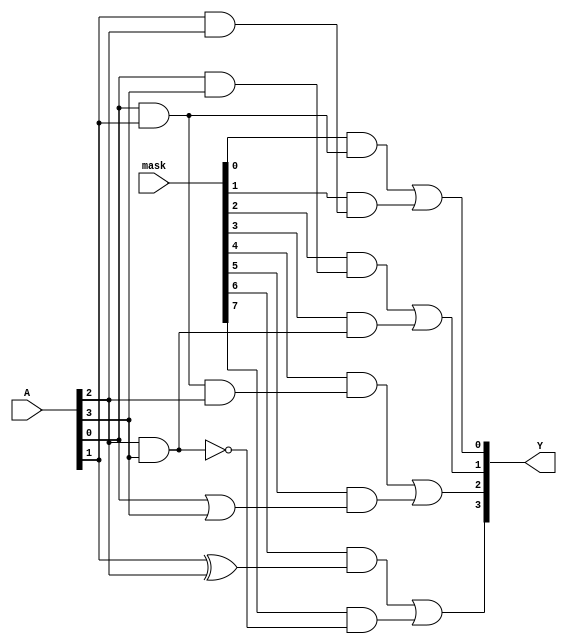
module masked_pal (
    input wire [3:0] A,        // 4-bit input (A[3:0]) representing variables
    input wire [7:0] mask,     // 8-bit mask for AND gates (1 = enabled, 0 = masked)
    output wire [3:0] Y        // 4-bit output (Y[3:0]) representing the results
);

// Internal product terms from AND gates
wire [7:0] and_outputs;

// AND Plane implementation based on the mask
assign and_outputs[0] = (mask[0] && (A[0] & A[1]));         // AND Gate 0
assign and_outputs[1] = (mask[1] && (A[1] & A[2]));         // AND Gate 1
assign and_outputs[2] = (mask[2] && (A[0] & A[3]));         // AND Gate 2
assign and_outputs[3] = (mask[3] && (A[2] & A[3]));         // AND Gate 3
assign and_outputs[4] = (mask[4] && (A[0] & A[1] & A[2]));  // AND Gate 4
assign and_outputs[5] = (mask[5] && (A[0] | A[3]));         // AND Gate 5
assign and_outputs[6] = (mask[6] && (A[1] ^ A[2]));         // AND Gate 6
assign and_outputs[7] = (mask[7] && (A[2] ~& A[3]));        // AND Gate 7

// OR Plane implementation (fixed)
assign Y[0] = and_outputs[0] | and_outputs[1]; // Output Y0
assign Y[1] = and_outputs[2] | and_outputs[3]; // Output Y1
assign Y[2] = and_outputs[4] | and_outputs[5]; // Output Y2
assign Y[3] = and_outputs[6] | and_outputs[7]; // Output Y3

endmodule